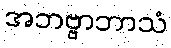
အဘဗ္ဗာဘာသံ